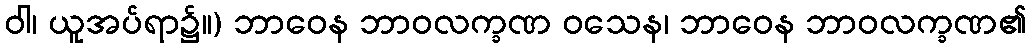
ဝါ၊ ယူအပ်ရာ၌။) ဘာဝေန ဘာဝလက္ခဏ ဝသေန၊ ဘာဝေန ဘာဝလက္ခဏ၏